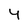
Character: 4